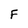
Character: F